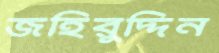
জহিরুদ্দিন